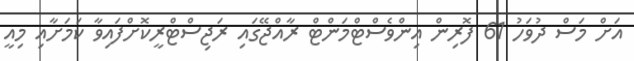
އަށް މަސް ދުވަހު 61 ފޮރިން އިންވެސްޓްމަންޓް ރާއްޖޭގައި ރަޖިސްޓްރީކޮށްފައިވާ ކަމަށާއި މިއީ